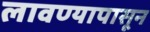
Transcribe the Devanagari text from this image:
लावण्यापासून